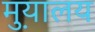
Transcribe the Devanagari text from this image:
मु़यालय